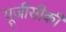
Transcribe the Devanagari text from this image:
यूजीसीकी